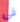
فى